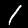
Digit: 1